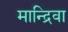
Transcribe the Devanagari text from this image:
मान्द्रिवा